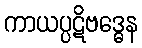
ကာယပ္ပဋိဗဒ္ဓေန